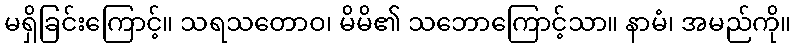
မရှိခြင်းကြောင့်။ သရသတောဝ၊ မိမိ၏ သဘောကြောင့်သာ။ နာမံ၊ အမည်ကို။